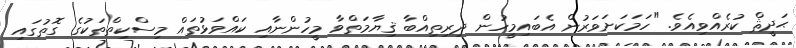
ޙަދީޘް ކުރެއްވިއެވެ. "ހަމަކަށަވަރުން އެބައިމީހުން ދިރިތިއްބާ ޤިޔާމަތްވާ މީހުންނާއި ކައްވަޅުތައް މިސްކިތްތަކުގެ ގޮތުގައި